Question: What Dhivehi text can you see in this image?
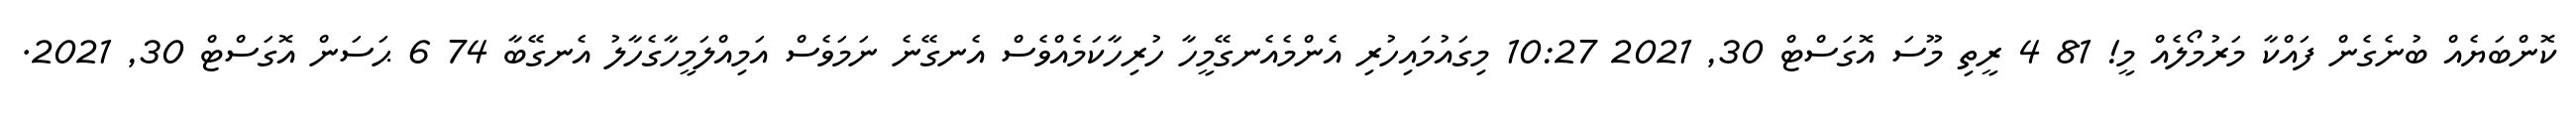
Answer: ކޮންބަޔެއް ބުނެގެން ފައްކާ މަރުމޯލެއް މީ! 81 4 ރީތި މޫސަ އޮގަސްޓް 30, 2021 10:27 މިގައުމައިހުރި އެންމެއެނގޭމީހާ ހުރިހާކަމެއްވެސް އެނގޭނެ ނަމަވެސް އަމިއްލަމީހާގެހާލު އެނގޭބާ 74 6 ޙަސަން އޮގަސްޓް 30, 2021.